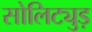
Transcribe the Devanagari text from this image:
सोलिट्युड़